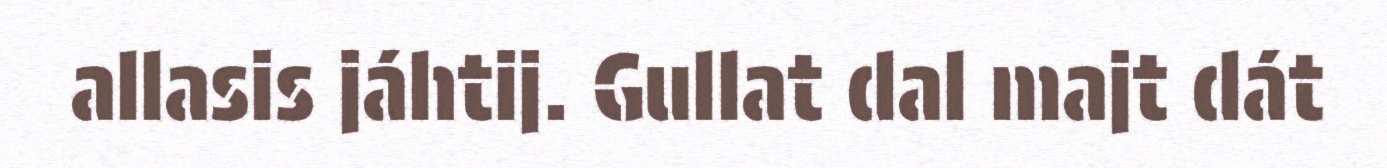
allasis jáhtij. Gullat dal majt dát